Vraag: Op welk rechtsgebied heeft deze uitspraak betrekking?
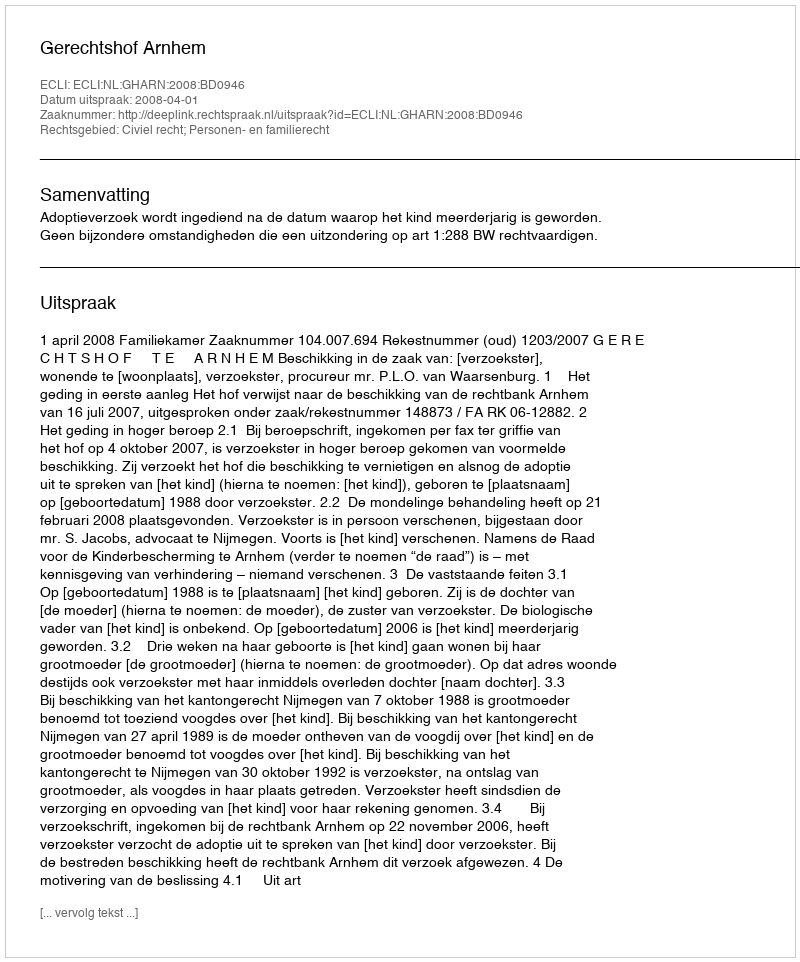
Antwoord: Civiel recht; Personen- en familierecht